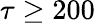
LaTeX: \tau\geq 200